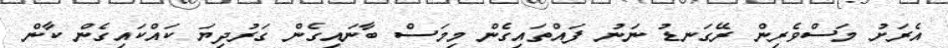
އެރަށު މަސްވެރިން ރޭގަނޑު ނަނު ފައްތައިގެން މިމަސް ބާނައިގެން ގަރުދިޔަ ކައްކައިގެން ކާން